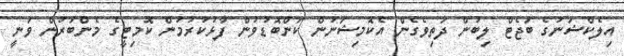
އިލެކްޝަނުގެ ބަޖެޓް ލިބުން ދަތިވެގެން އެކޮމިޝަނުން ކަންބޮޑުވުން ފާޅުކުރުމުން ކޮމިޓީގެ މެންބަރުން ވަނީ